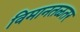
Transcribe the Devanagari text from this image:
विमानतळतर